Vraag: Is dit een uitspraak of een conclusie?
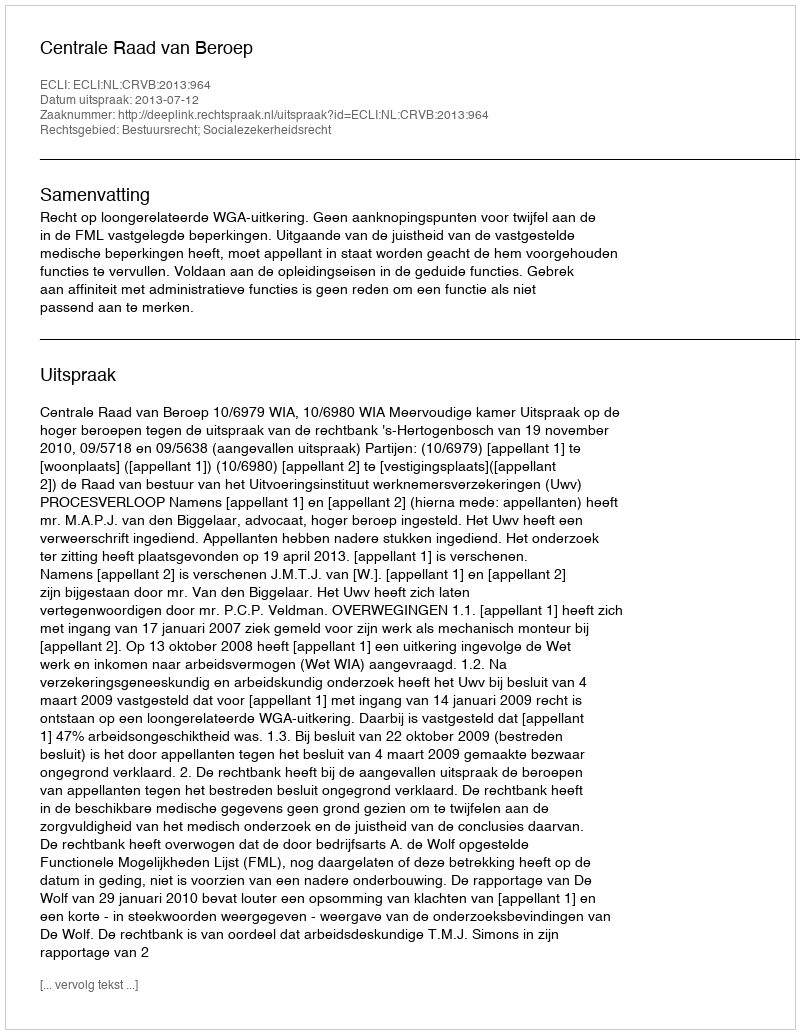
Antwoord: Uitspraak